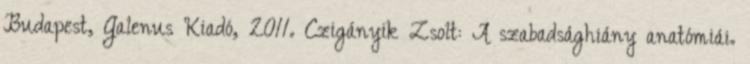
Budapest, Galenus Kiadó, 2011. Czigányik Zsolt: A szabadsághiány anatómiái.